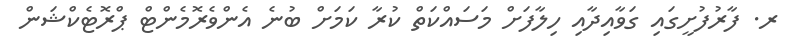
ރ. ފާރުފުށީގައި ގަވާއިދާއި ހިލާފަށް މަސައްކަތް ކުރާ ކަމަށް ބުނެ އެންވެރޮމެންޓް ޕްރޮޓެކްޝަން